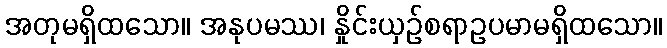
အတုမရှိထသော။ အနုပမဿ၊ နှိုင်းယှဉ်စရာဥပမာမရှိထသော။